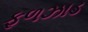
ફળઝાડ